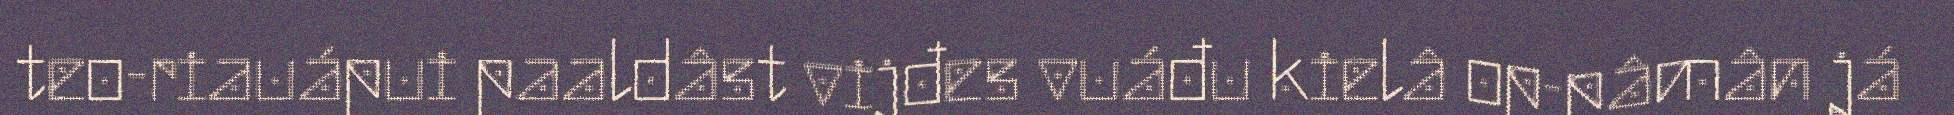
teo-riauápui paaldâst vijđes vuáđu kielâ op-pâmân já